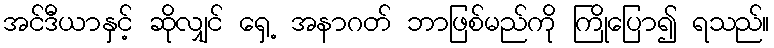
အင်ဒီယာနှင့် ဆိုလျှင် ရှေ့ အနာဂတ် ဘာဖြစ်မည်ကို ကြိုပြော၍ ရသည်။